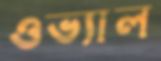
ওভ্যাল